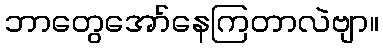
ဘာတွေအော်နေကြတာလဲဗျာ။